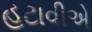
હટાવીએ